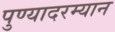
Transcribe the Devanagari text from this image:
पुण्यादरम्यान